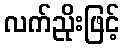
လက်ညိုးဖြင့်